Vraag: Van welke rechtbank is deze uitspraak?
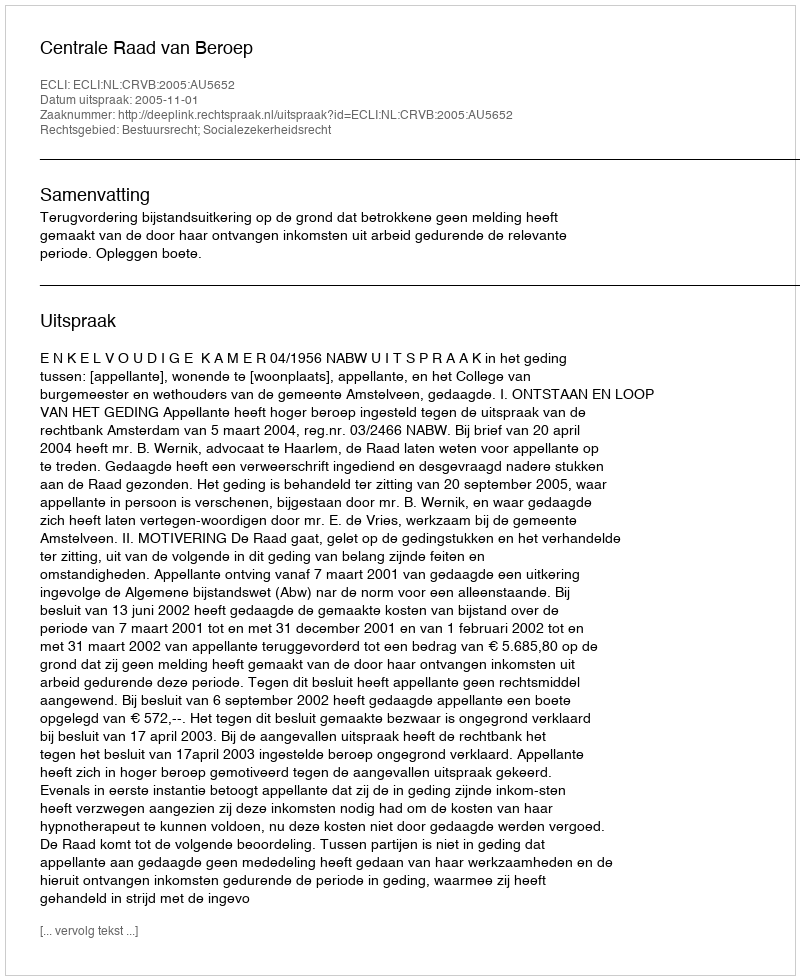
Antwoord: Centrale Raad van Beroep